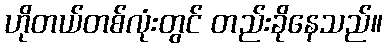
ဟိုတယ်တစ်လုံးတွင် တည်းခိုနေသည်။